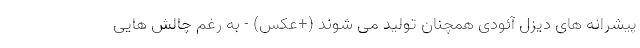
پیشرانه های دیزل آئودی همچنان تولید می شوند (+عکس) - به رغم چالش هایی